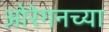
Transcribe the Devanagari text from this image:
ओरेगनच्या